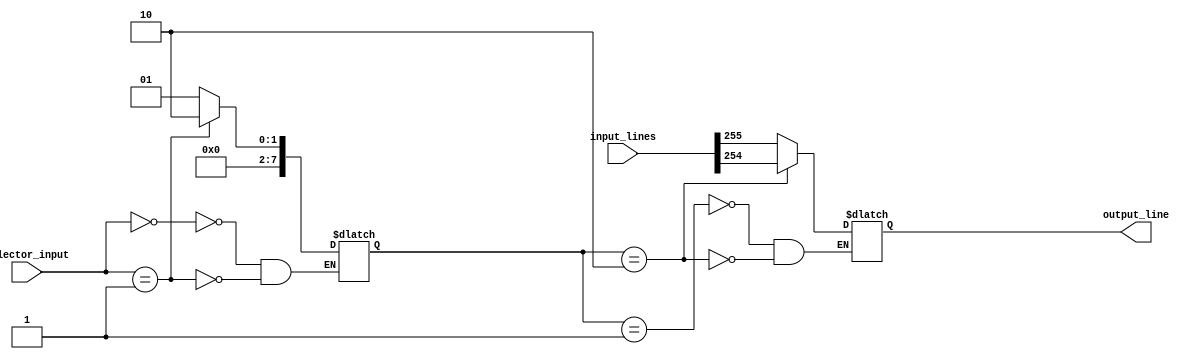
module multiplexer_256_to_1 (
    input [0:255] input_lines,
    input [7:0] selector_input,
    output reg output_line
);

reg [7:0] selection_line;

// Decoder to generate selection lines
always @ (selector_input) begin
    case (selector_input)
        8'b00000000: selection_line = 8'b00000001;
        8'b00000001: selection_line = 8'b00000010;
        // Add cases for all 256 input lines
        // Example:
        // 8'b11111110: selection_line = 8'b11111111;
    endcase
end

// Multiplexer logic
always @ (*) begin
    case (selection_line)
        8'b00000001: output_line = input_lines[0];
        8'b00000010: output_line = input_lines[1];
        // Add cases for all 256 inputs
        // Example:
        // 8'b11111111: output_line = input_lines[255];
    endcase
end

endmodule